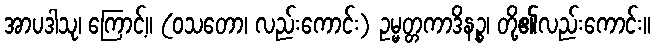
အာပဒါသု၊ ကြောင့်။ (ဝသတော၊ လည်းကောင်း) ဥမ္မတ္တကာဒိနဉ္စ၊ တို့၏လည်းကောင်း။